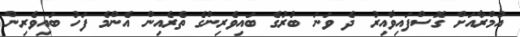
އުމްރާއަށް ގޮސްފައިވާއިރު ދެ ވަނަ ބުރުގެ ބައިވެރިންގެ ތެރެއިން އެންމެ ފަހު ބައިވެރިން